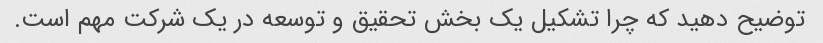
توضیح دهید که چرا تشکیل یک بخش تحقیق و توسعه در یک شرکت مهم است.